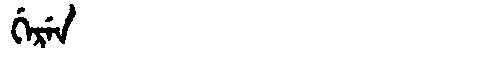
Manchu: ᡤᡝᡵᡝᠨ
Romanization: GEREN